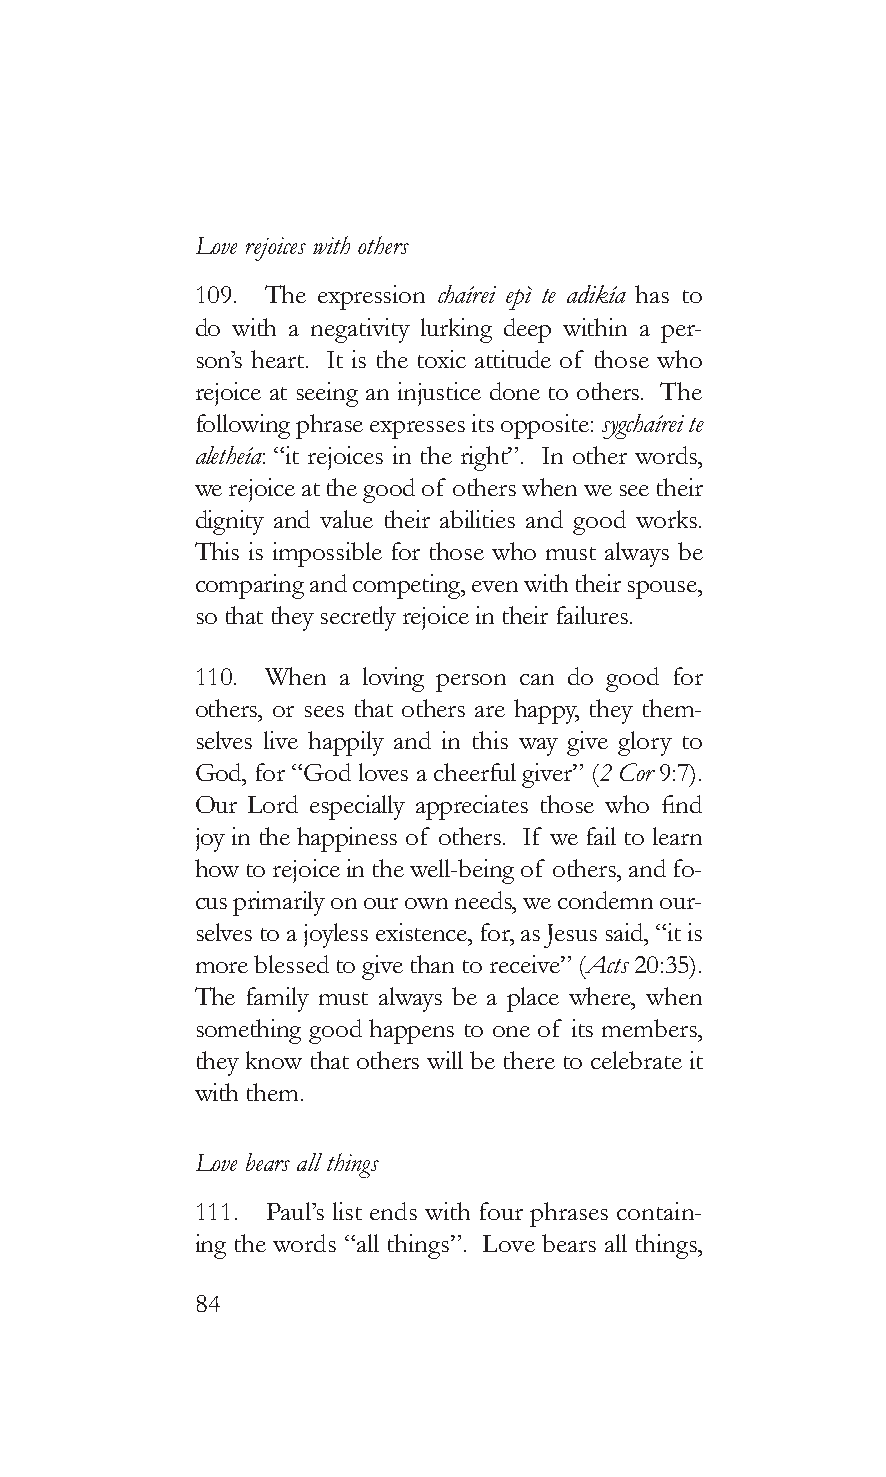
Love rejoices with others
 109. The expression chaírei epì te adikía has to
 do with a negativity lurking deep within a per-
 son’s heart. It is the toxic attitude of those who
 rejoice at seeing an injustice done to others. The
 following phrase expresses its opposite: sygchaírei te
 aletheía: “it rejoices in the right”. In other words,
 we rejoice at the good of others when we see their
 dignity and value their abilities and good works.
 This is impossible for those who must always be
 comparing and competing, even with their spouse,
 so that they secretly rejoice in their failures.
 110. When a loving person can do good for
 others, or sees that others are happy, they them-
 selves live happily and in this way give glory to
 God, for “God loves a cheerful giver” (2 Cor 9:7).
 Our Lord especially appreciates those who find
 joy in the happiness of others. If we fail to learn
 how to rejoice in the well-being of others, and fo-
 cus primarily on our own needs, we condemn our-
 selves to a joyless existence, for, as Jesus said, “it is
 more blessed to give than to receive” (Acts 20:35).
 The family must always be a place where, when
 something good happens to one of its members,
 they know that others will be there to celebrate it
 with them.
 Love bears all things
 111. Paul’s list ends with four phrases contain-
 ing the words “all things”. Love bears all things,
 84